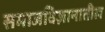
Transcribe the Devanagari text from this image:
समाजविज्ञानातील